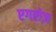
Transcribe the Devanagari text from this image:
एगरोज़